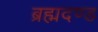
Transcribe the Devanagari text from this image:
ब्रह्मदण्ड